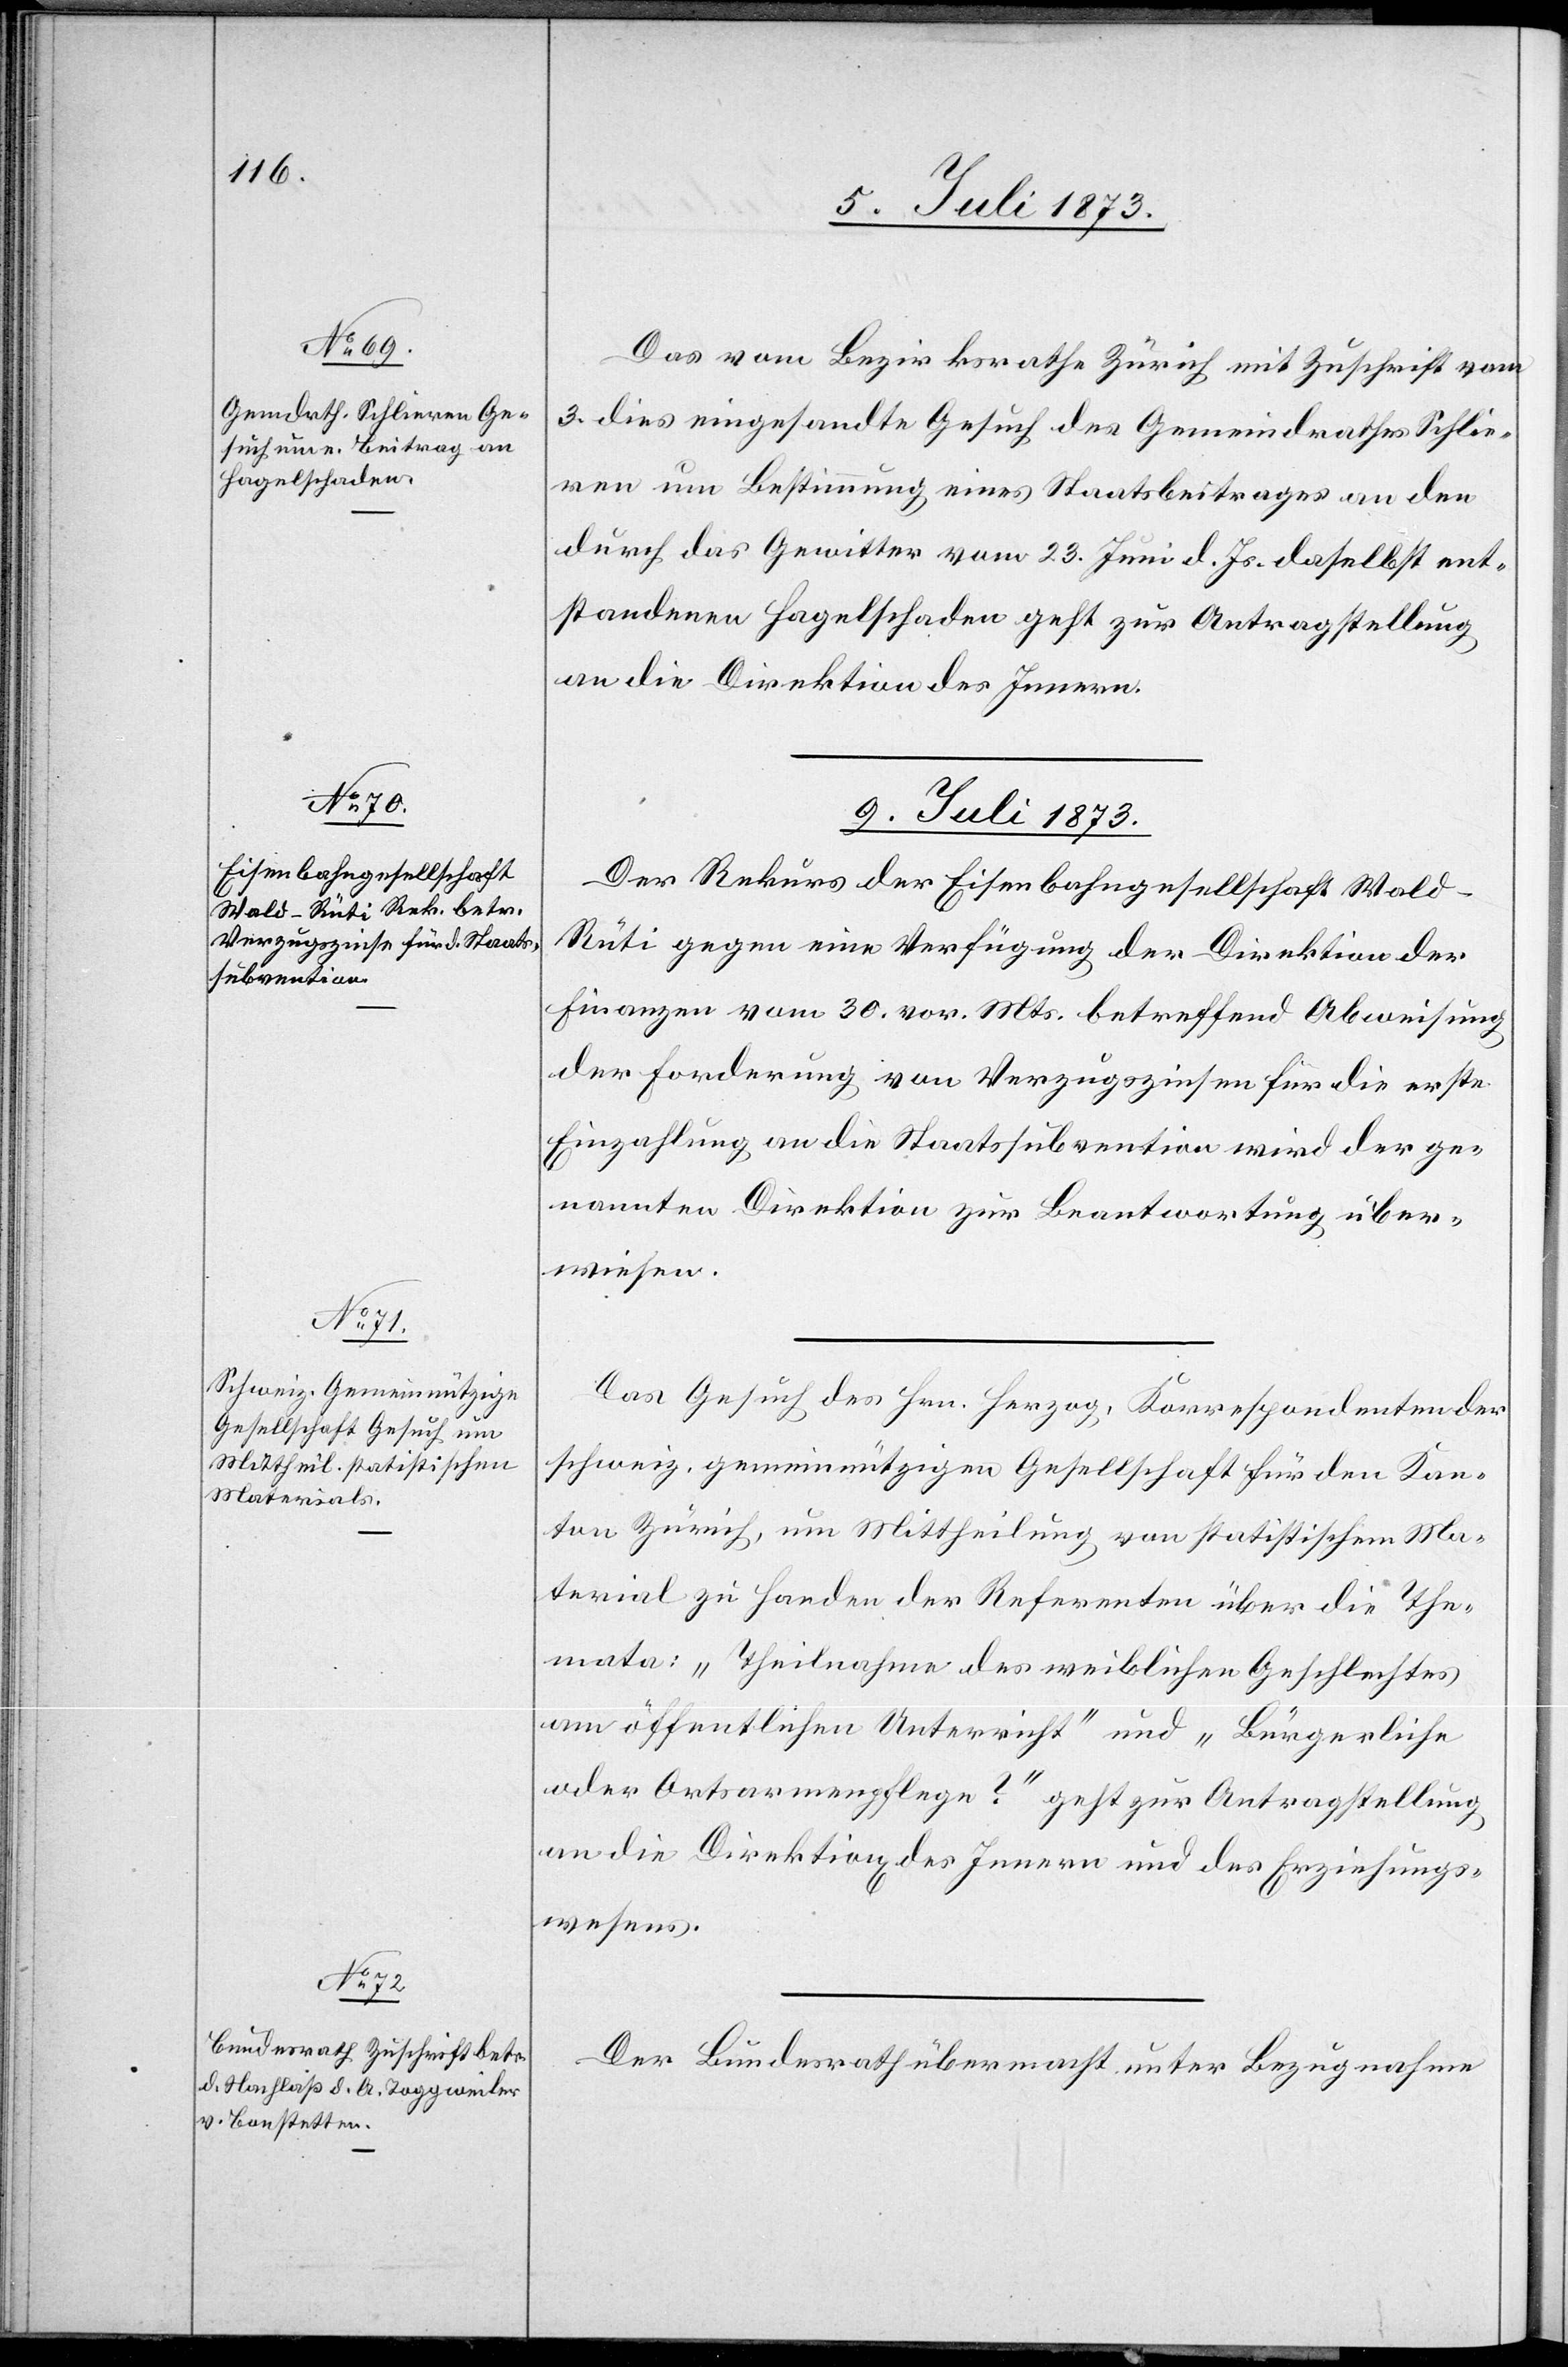
Das vom Bezirksrathe Zürich mit Zuschrift vom
3. dies eingesandte Gesuch des Gemeindrathes Schlie¬
ren um Bestimmung eines Staatsbeitrages an den
durch das Gewitter vom 23. Juni d. Js. daselbst ent¬
standenen Hagelschaden geht zur Antragstellung
an die Direktion des Innern.
9. Juli 1873.]
Der Rekurs der Eisenbahngesellschaft Wald–R¬
üti gegen eine Verfügung der Direktion der
Finanzen vom 30. vor. Mts. betreffend Abweisung
der Forderung von Verzugszinsen für die erste
Einzahlung an die Staatssubvention wird der ge¬
nannten Direktion zur Beantwortung über¬
wiesen.
Das Gesuch des Hrn. Herzog, Korrespondenten der
schweiz. gemeinnützigen Gesellschaft für den Kan¬
ton Zürich, um Mittheilung von statistischem Ma¬
terial zu Handen der Referenten über die The¬
mata: „Theilnahme des weiblichen Geschlechtes
am öffentlichen Unterricht“ und „Bürgerliche
oder Ortsarmenpflege?“ geht zur Antragstellung
an die Direktion[en] des Innern und des Erziehungs¬
wesens.
Der Bundesrath übermacht unter Bezugnahme